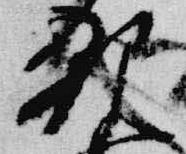
親